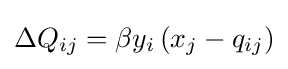
{\textstyle \Delta Q_{ij}=\beta y_{i}\left(x_{j}-q_{ij}\right)}